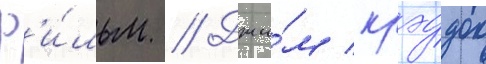
ф'и́льм // Джи́м крэддок